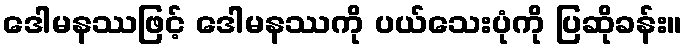
ဒေါမနဿဖြင့် ဒေါမနဿကို ပယ်သေးပုံကို ပြဆိုခန်း။